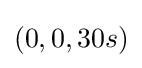
(0,0,30s)